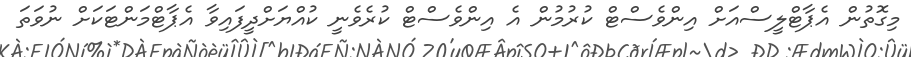
މިގޮތުން އެޕާޓްލީސްއަށް އިންވެސްޓް ކުރުމުން އެ އިންވެސްޓް ކުރެވެނީ ކުއްޔަށްދީފައިވާ އެޕާޓްމަންޓަކަށް ނުވަތަ